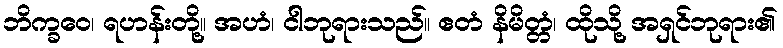
ဘိက္ခဝေ၊ ရဟန်းတို့။ အဟံ၊ ငါဘုရားသည်။ ဧတံ နိမိတ္တံ၊ ထိုသို့ အရှင်ဘုရား၏